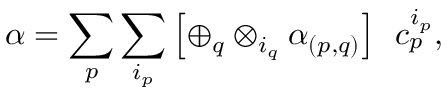
\alpha = \sum _ { p } \sum _ { i _ { p } } \left[ \oplus _ { q } \otimes _ { i _ { q } } \alpha _ { ( p , q ) } \right] \; \, c _ { p } ^ { i _ { p } } ,